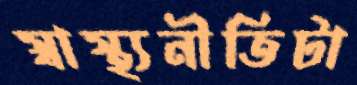
স্বাস্থ্যনীতিটা